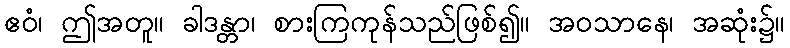
ဧဝံ၊ ဤအတူ။ ခါဒန္တာ၊ စားကြကုန်သည်ဖြစ်၍။ အဝသာနေ၊ အဆုံး၌။